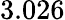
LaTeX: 3.026